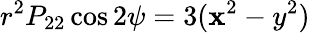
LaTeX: r^{2}P_{22}\cos2\psi=3(\mathbf{x}^{2}-y^{2})